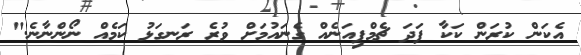
އެކަން ކުރަން ކަކާ ފަދަ ޗެމްޕިއަނެއް ގެނައުމަށް ވުރެ ރަނގަޅު ކަމެއް ނޯންނާނެ."